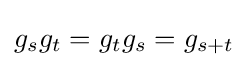
g_{s}g_{t}=g_{t}g_{s}=g_{s+t}